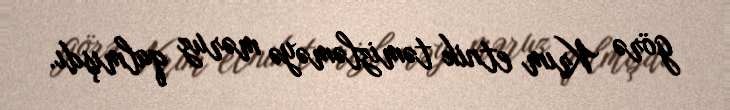
görə Krım etnik təmizləməyə məruz qalmışdı.